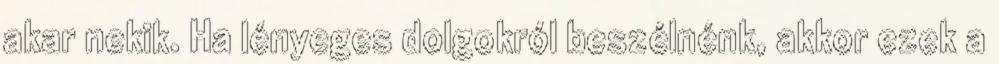
akar nekik. Ha lényeges dolgokról beszélnénk, akkor ezek a